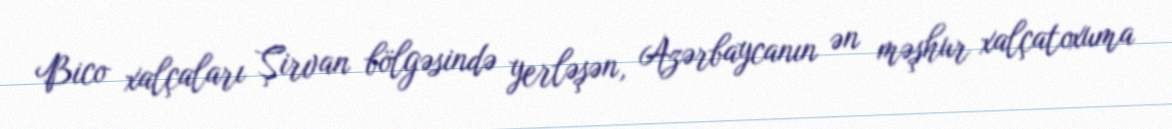
Bico xalçaları Şirvan bölgəsində yerləşən, Azərbaycanın ən məşhur xalçatoxuma